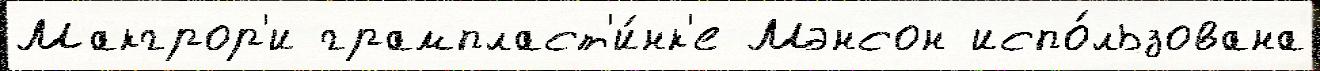
Макгрор'и грампласт'и́нк'е Мэнсон испо́льзована